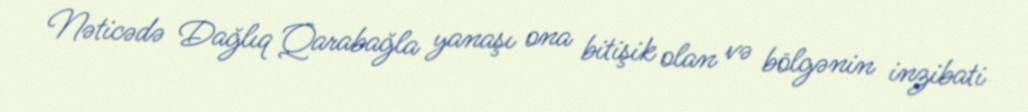
Nəticədə Dağlıq Qarabağla yanaşı ona bitişik olan və bölgənin inzibati